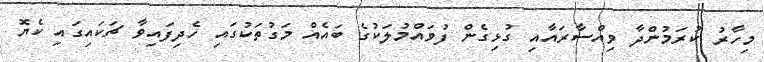
މިހާރު ކުރަމުންދާ ވިއްސާރައާއި ގުޅިގެން ފުވައްމުލަކުގެ ބައެއް މަގުތަކުގައި ހެދިފައިވާ ޗަކައިގައި ކެޔޮ